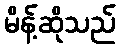
မိန့်ဆိုသည်